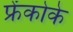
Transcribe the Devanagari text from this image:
फ्रेंकोके